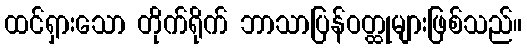
ထင်ရှားသော တိုက်ရိုက် ဘာသာပြန်ဝတ္ထုများဖြစ်သည်။